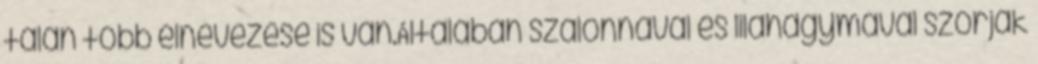
talán több elnevezése is van.Általában szalonnával és lilahagymával szórják